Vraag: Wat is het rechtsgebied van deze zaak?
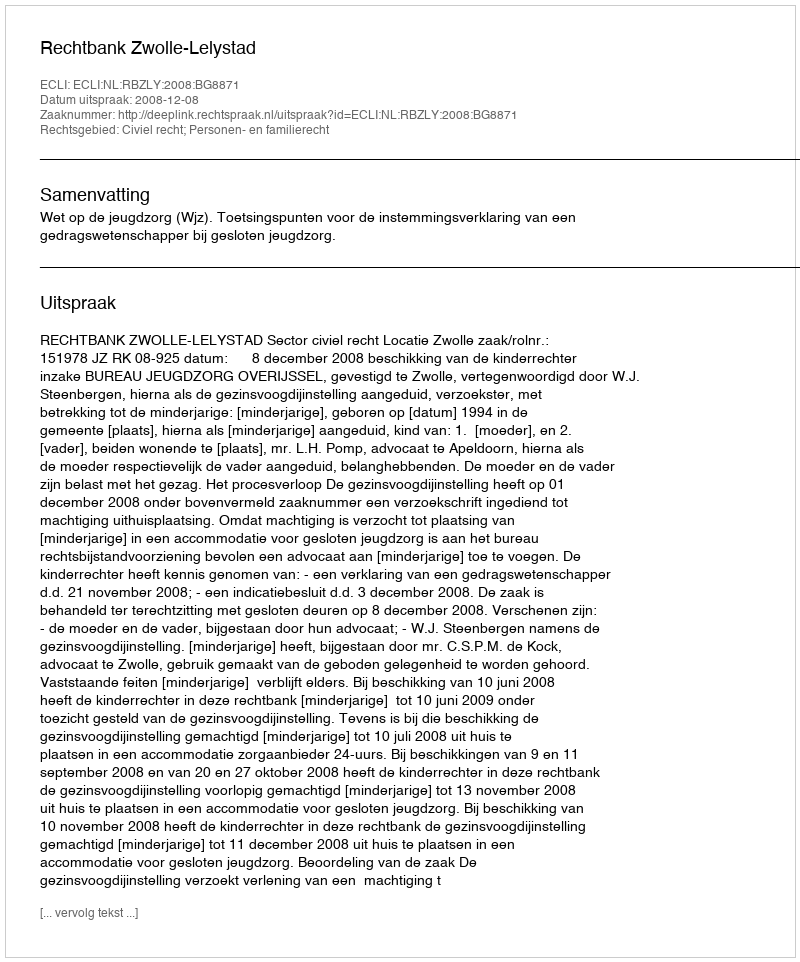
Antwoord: Civiel recht; Personen- en familierecht